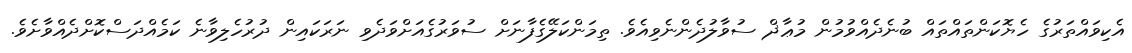
އެކިވައްތަރުގެ ހެޔޮކަންތައްތައް ބުނެދެއްވުމުން މުޢާޛް ސުވާލުދެންނެވިއެވެ. ތިމަންކަލޭގެފާނަށް ސުވަރުގެއަށްވަދެވި ނަރަކައިން ދުރުހެލިވާނެ ކަމެއްދަސްކޮށްދެއްވާށެވެ.